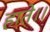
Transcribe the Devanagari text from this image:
हाते।।